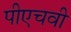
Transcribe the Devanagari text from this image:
पीएचवी